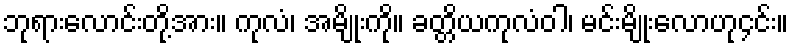
ဘုရားလောင်းတို့အား။ ကုလံ၊ အမျိုးကို။ ခတ္တိယကုလံဝါ၊ မင်းမျိုးလောဟု၄င်း။